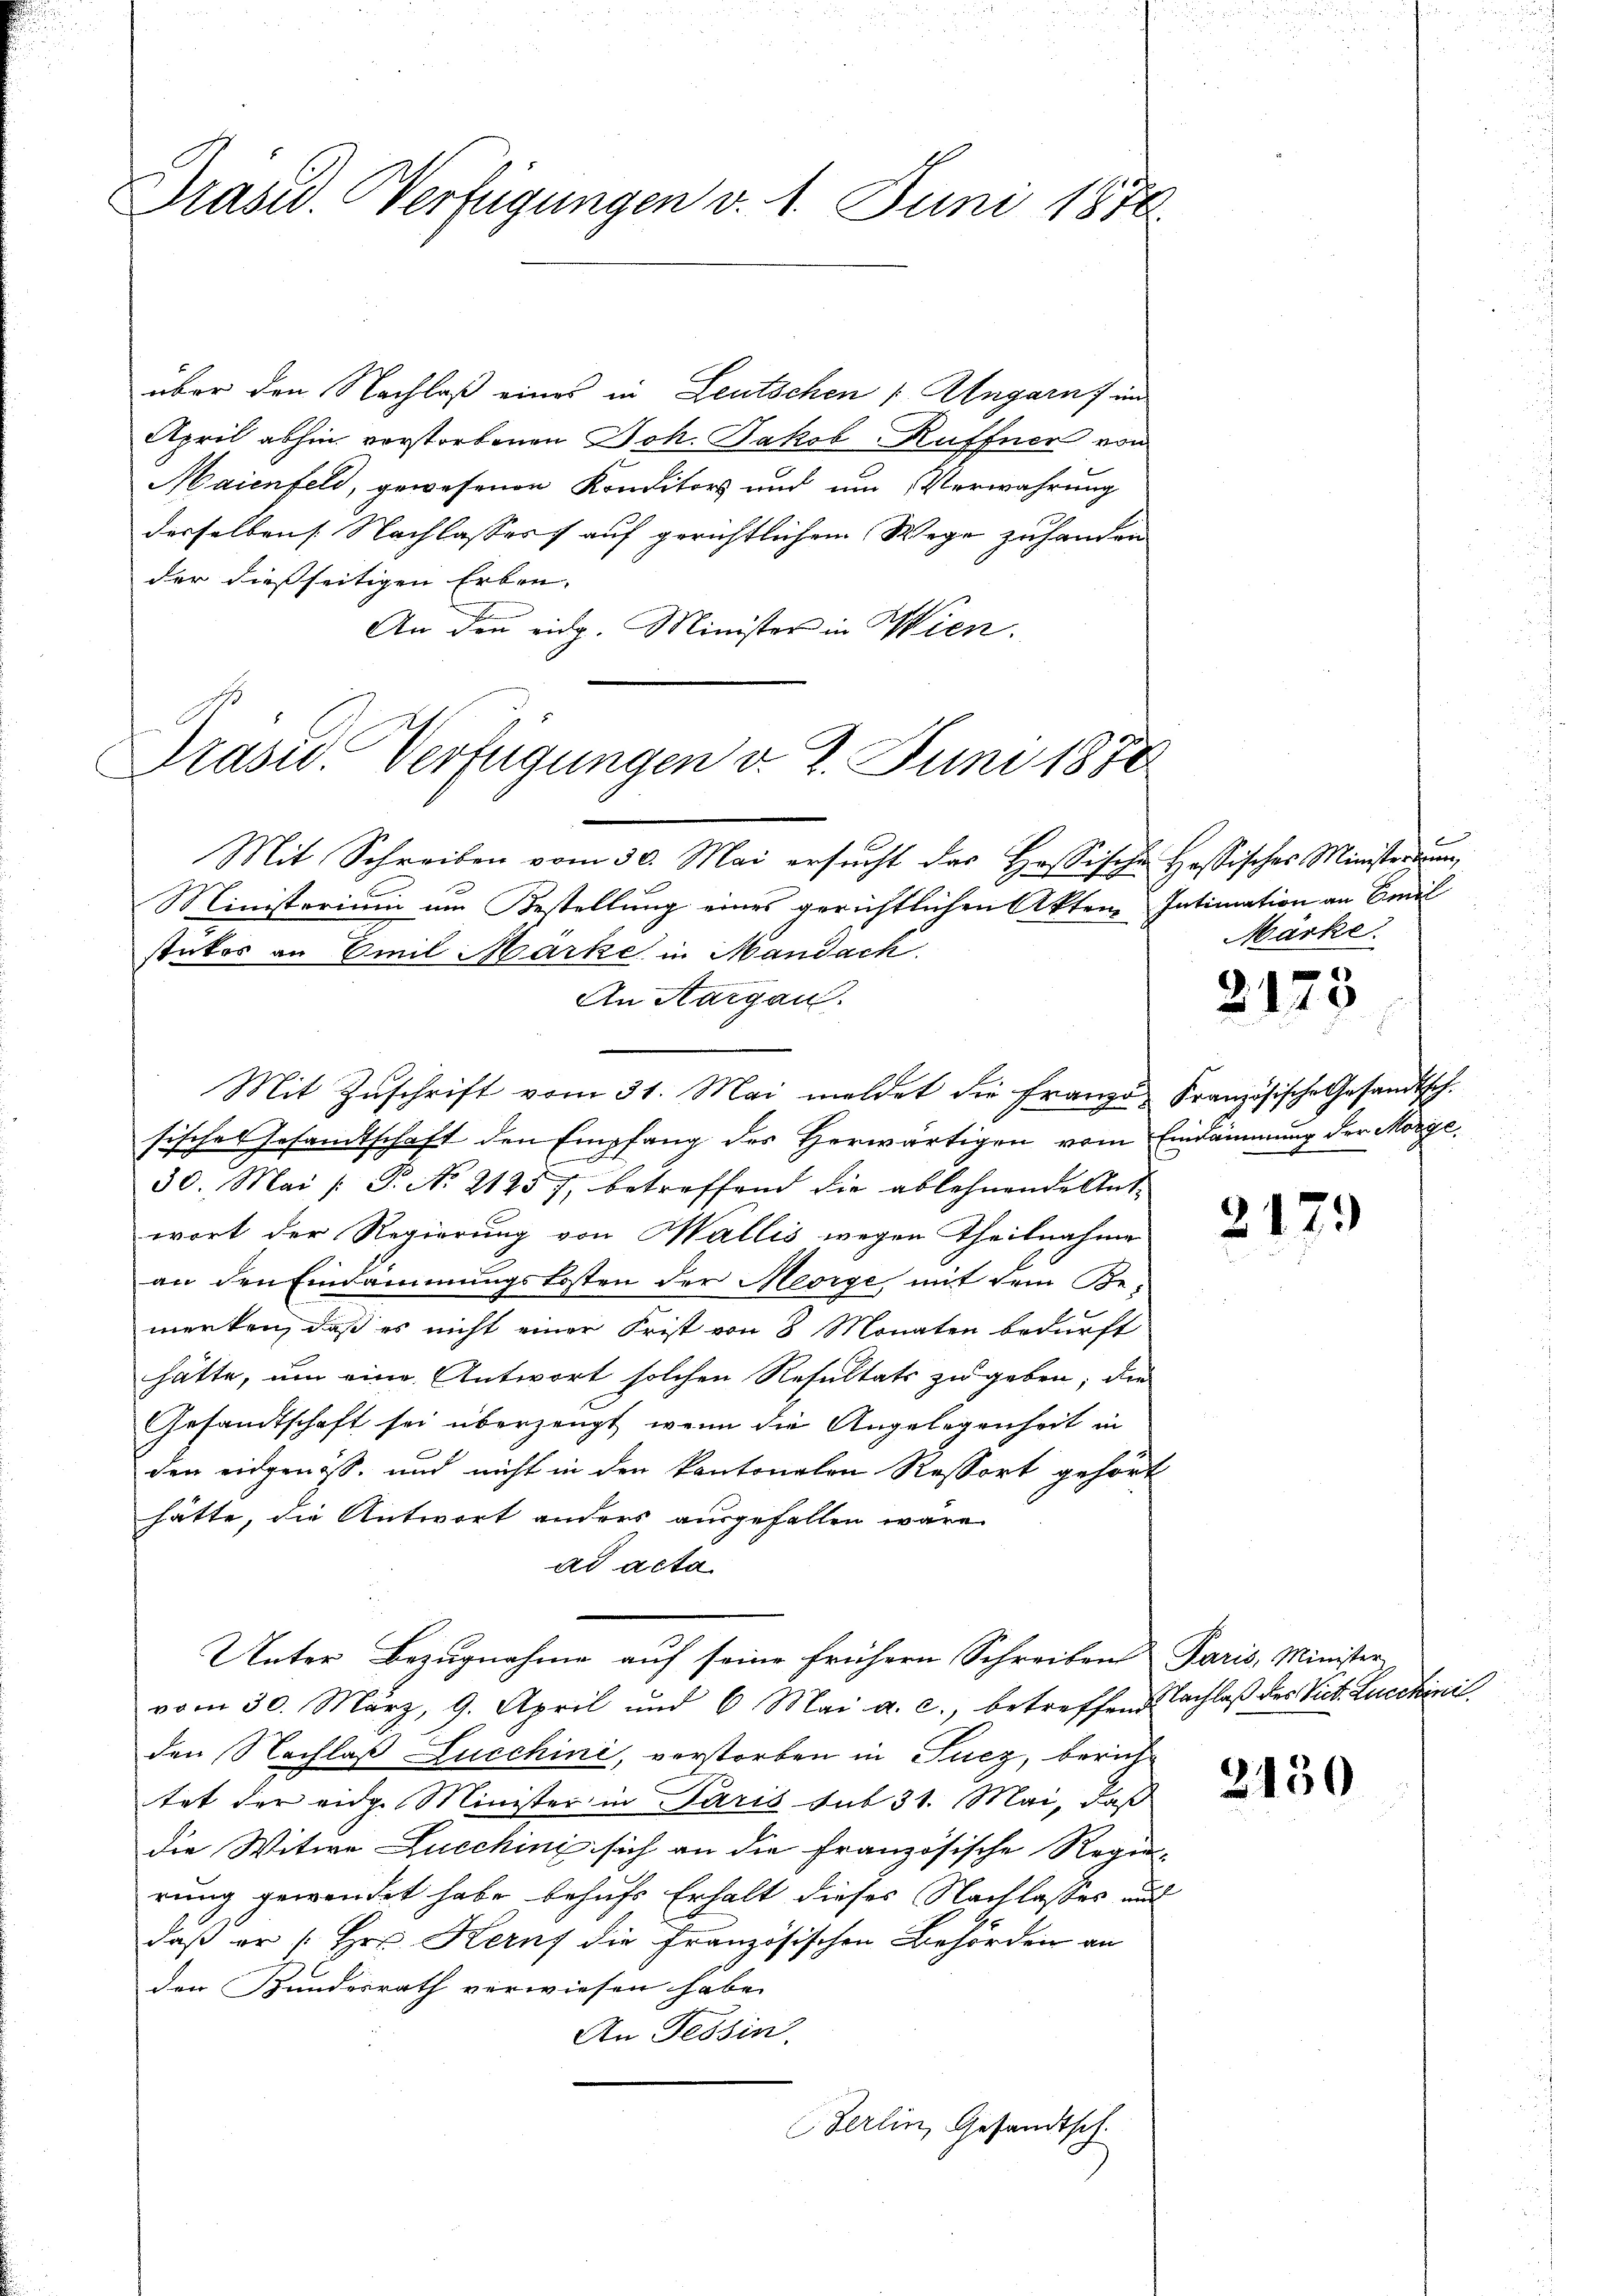
Präsid. Verfügungen v. 1. Juni 1870

über den Nachlaß eines in Leutschen Angarn f und
April abhin vorstorbenen Joh. Jakob Ruffner von
Maienfeld, gewesenen Konditors und um Verwahrung
derselben Nachlasses auf gerichtlichem Wege zu handen
der dießseitigen Erben- |
An die eidg. Minister in Wien.

Präsid. Verfügungen d. 2. Juni 1888

Mit Schreiben vom 30. Mai ersucht das Hassische Hossisches Ministerium
Ministerium um Bestellung eines gerichtlichen Akten Intimation an Emil
stiker an Emil Marke in Mandack
An Aargau.
Mit Zŭschrift vom 31. Mai meldet die franze Französische Gesandtsch.
sisches Gesandtschaft den Empfang des Herwärtigen vom Eindammung der Morge¬
30. Mai /: P. No 21257, betreffend die ablehnende Antwort der Regierung von Wallis wegen Theilnahme
an den Eindammungskosten der Meorge mit dem Bemerken, daß es nicht einer Frist von 8 Monaten bedürft
hätte, um eine Antwort solchen Resultats zu geben; die
Gesandtschaft sei überzeugt, wenn die Angelegenheit in
den eidgenöß- und nicht in den kantonalen Ressort gehört
hätte, die Antwort anders ausgefallen wäre.
ad acta
Unter Bezugnahme auf seine frühern Schreiben Paris, Minister
vom 30. März, 9. April und 6 Mai a. c., betreffend Nachlaß des Vict. Lucchiniden Nachlaß Lucchini, verstorben in Fucz, berichtet der eidg. Minister in Paris sub 31. Mai, daß
die Witwe Lucchini sich an die Französische Regie-
rung gewendet habe behufs Erhalt dieses Nachlasses und
daß er [Hrn. Kern die Französischen Behörden an
den Bundesrath verwiesen habe.
An Tessin
Berlin, Gesandtsch.

2
Märke.

2149

2179

3150